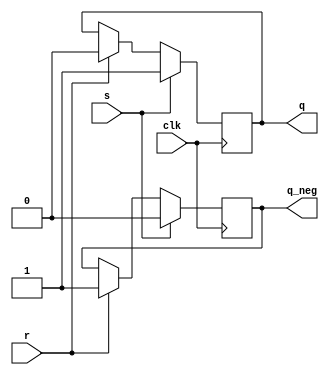
module sr_flipflop(
    input clk, // Clock input
    input s, // Set input
    input r, // Reset input
    output reg q, // Output Q
    output reg q_neg // Output Q'
);

always @(posedge clk) begin
    if (s) begin
        q <= 1'b1;
        q_neg <= 1'b0;
    end else if (r) begin
        q <= 1'b0;
        q_neg <= 1'b1;
    end
end

endmodule